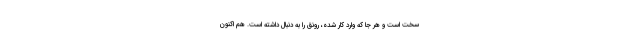
سخت است و هر جا که وارد کار شده، رونق را به دنبال داشته است. هم اکنون